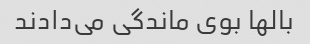
بالها بوی ماندگی می‌دادند